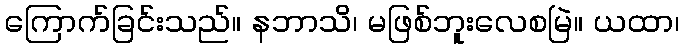
ကြောက်ခြင်းသည်။ နဘာသိ၊ မဖြစ်ဘူးလေစမြဲ။ ယထာ၊